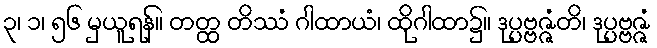
၃၊ ၁၊ ၅၆ မှယူရန်။ တတ္ထ တိဿံ ဂါထာယံ၊ ထိုဂါထာ၌။ ဒုပ္ပဗ္ဗဇ္ဇံတိ၊ ဒုပ္ပဗ္ဗဇ္ဇံ